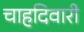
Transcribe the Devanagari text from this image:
चाहदिवारी